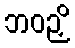
ဘဝဉှိ